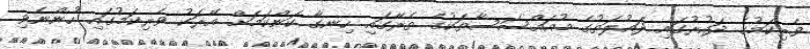
ވެރިކަމުގެ ދައުރުގައި ދައުލަތުގެ މުއައްސަސާތަކުގެ ތެރޭގައި ހިނގާ ކަންކަމަށް އޭރަކު ވެރިކަމުގައި ހުންނެވި